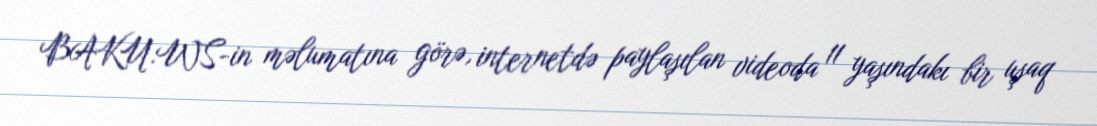
BAKU.WS-in məlumatına görə, internetdə paylaşılan videoda 11 yaşındakı bir uşaq